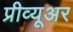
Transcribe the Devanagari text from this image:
प्रीव्यूअर